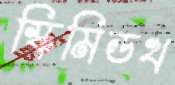
স্কিমিডথ